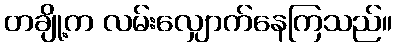
တချို့က လမ်းလျှောက်နေကြသည်။